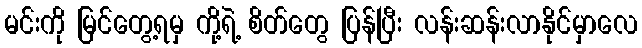
မင်းကို မြင်တွေ့ရမှ ကို့ရဲ့ စိတ်တွေ ပြန်ပြီး လန်းဆန်းလာနိုင်မှာလေ